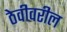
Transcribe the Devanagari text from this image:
ठेवीवरील